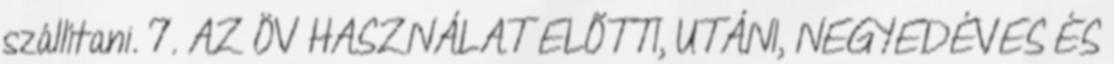
szállítani. 7. AZ ÖV HASZNÁLAT ELÕTTI, UTÁNI, NEGYEDÉVES ÉS